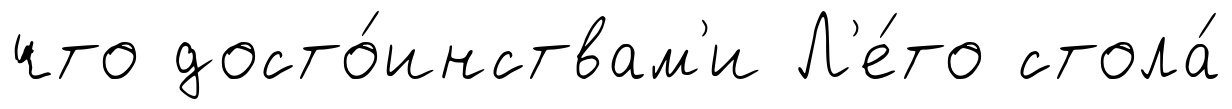
что досто́инствам'и Л'е́то стола́